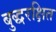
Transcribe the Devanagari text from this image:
बुद्धरक्षित